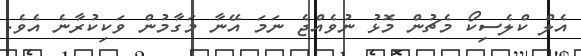
އެލް ކްލެސިކޯ މެޗުން މޮޅު ނުވެއްޖެ ނަމަ އޭނާ މަގާމުން ވަކިކުރާނެ އެވެ.